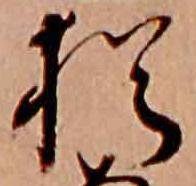
猶